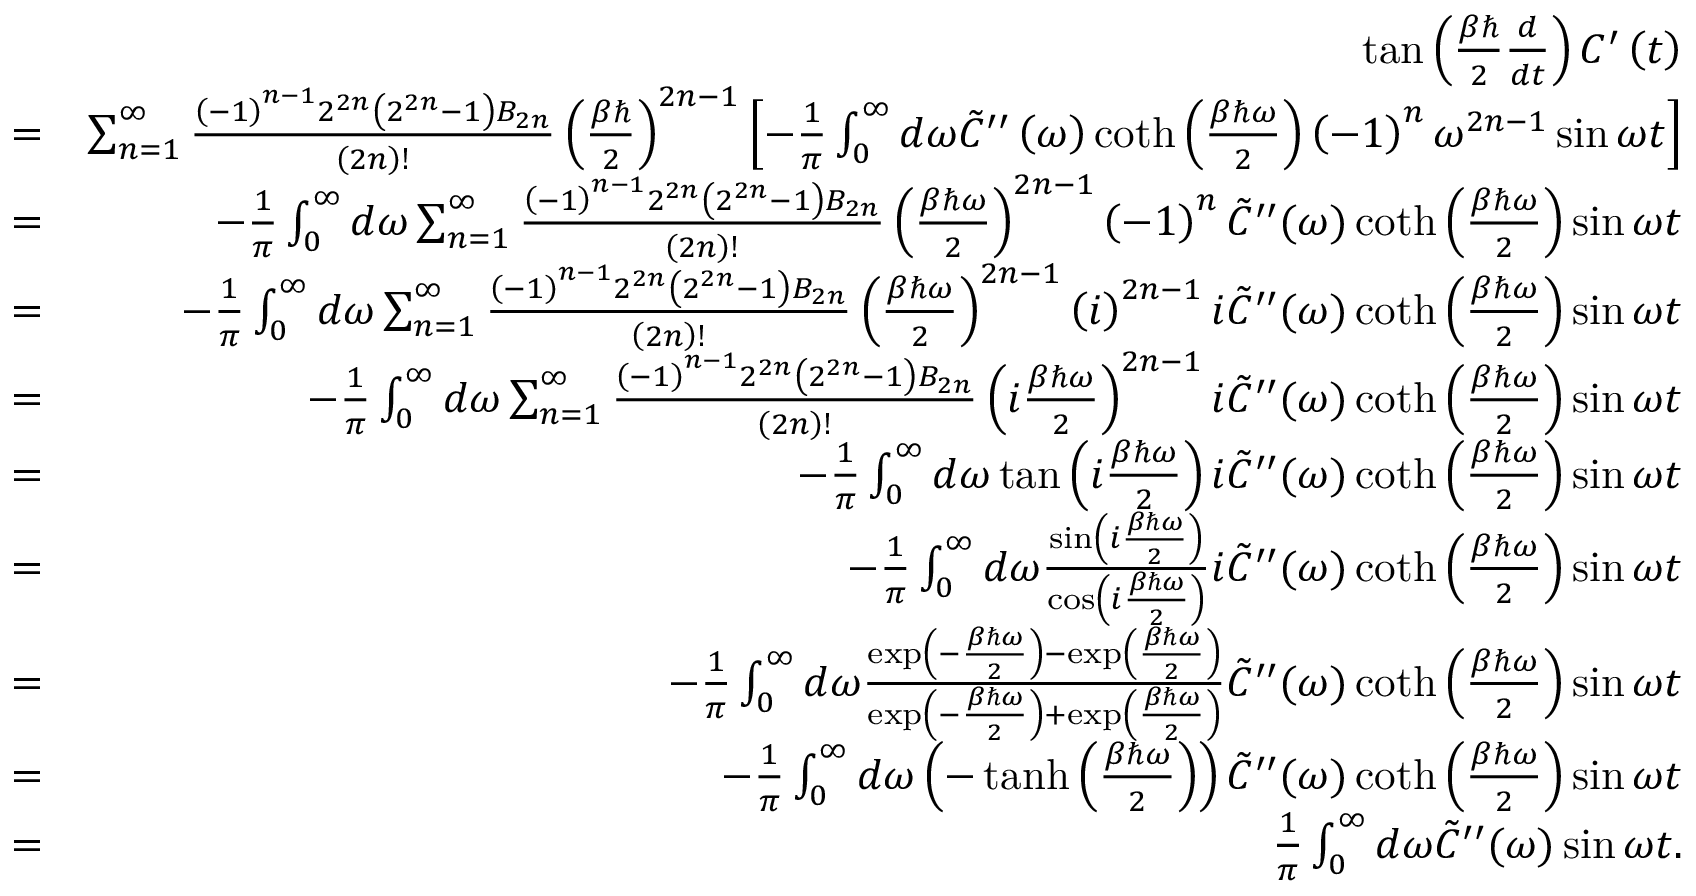
\begin{array} { r l r } & { } & { \tan \left( \frac { \beta \hbar } { 2 } \frac { d } { d t } \right) C ^ { \prime } \left( t \right) } \\ & { = } & { \sum _ { n = 1 } ^ { \infty } \frac { \left( - 1 \right) ^ { n - 1 } 2 ^ { 2 n } \left( 2 ^ { 2 n } - 1 \right) B _ { 2 n } } { \left( 2 n \right) ! } \left( \frac { \beta \hbar } { 2 } \right) ^ { 2 n - 1 } \left[ - \frac { 1 } { \pi } \int _ { 0 } ^ { \infty } d \omega \tilde { C } ^ { \prime \prime } \left( \omega \right) \coth \left( \frac { \beta \hbar \omega } { 2 } \right) \left( - 1 \right) ^ { n } \omega ^ { 2 n - 1 } \sin \omega t \right] } \\ & { = } & { - \frac { 1 } { \pi } \int _ { 0 } ^ { \infty } d \omega \sum _ { n = 1 } ^ { \infty } \frac { \left( - 1 \right) ^ { n - 1 } 2 ^ { 2 n } \left( 2 ^ { 2 n } - 1 \right) B _ { 2 n } } { \left( 2 n \right) ! } \left( \frac { \beta \hbar \omega } { 2 } \right) ^ { 2 n - 1 } \left( - 1 \right) ^ { n } \tilde { C } ^ { \prime \prime } ( \omega ) \coth \left( \frac { \beta \hbar \omega } { 2 } \right) \sin \omega t } \\ & { = } & { - \frac { 1 } { \pi } \int _ { 0 } ^ { \infty } d \omega \sum _ { n = 1 } ^ { \infty } \frac { \left( - 1 \right) ^ { n - 1 } 2 ^ { 2 n } \left( 2 ^ { 2 n } - 1 \right) B _ { 2 n } } { \left( 2 n \right) ! } \left( \frac { \beta \hbar \omega } { 2 } \right) ^ { 2 n - 1 } \left( i \right) ^ { 2 n - 1 } i \tilde { C } ^ { \prime \prime } ( \omega ) \coth \left( \frac { \beta \hbar \omega } { 2 } \right) \sin \omega t } \\ & { = } & { - \frac { 1 } { \pi } \int _ { 0 } ^ { \infty } d \omega \sum _ { n = 1 } ^ { \infty } \frac { \left( - 1 \right) ^ { n - 1 } 2 ^ { 2 n } \left( 2 ^ { 2 n } - 1 \right) B _ { 2 n } } { \left( 2 n \right) ! } \left( i \frac { \beta \hbar \omega } { 2 } \right) ^ { 2 n - 1 } i \tilde { C } ^ { \prime \prime } ( \omega ) \coth \left( \frac { \beta \hbar \omega } { 2 } \right) \sin \omega t } \\ & { = } & { - \frac { 1 } { \pi } \int _ { 0 } ^ { \infty } d \omega \tan \left( i \frac { \beta \hbar \omega } { 2 } \right) i \tilde { C } ^ { \prime \prime } ( \omega ) \coth \left( \frac { \beta \hbar \omega } { 2 } \right) \sin \omega t } \\ & { = } & { - \frac { 1 } { \pi } \int _ { 0 } ^ { \infty } d \omega \frac { \sin \left( i \frac { \beta \hbar \omega } { 2 } \right) } { \cos \left( i \frac { \beta \hbar \omega } { 2 } \right) } i \tilde { C } ^ { \prime \prime } ( \omega ) \coth \left( \frac { \beta \hbar \omega } { 2 } \right) \sin \omega t } \\ & { = } & { - \frac { 1 } { \pi } \int _ { 0 } ^ { \infty } d \omega \frac { \exp \left( - \frac { \beta \hbar \omega } { 2 } \right) - \exp \left( \frac { \beta \hbar \omega } { 2 } \right) } { \exp \left( - \frac { \beta \hbar \omega } { 2 } \right) + \exp \left( \frac { \beta \hbar \omega } { 2 } \right) } \tilde { C } ^ { \prime \prime } ( \omega ) \coth \left( \frac { \beta \hbar \omega } { 2 } \right) \sin \omega t } \\ & { = } & { - \frac { 1 } { \pi } \int _ { 0 } ^ { \infty } d \omega \left( - \operatorname { t a n h } \left( \frac { \beta \hbar \omega } { 2 } \right) \right) \tilde { C } ^ { \prime \prime } ( \omega ) \coth \left( \frac { \beta \hbar \omega } { 2 } \right) \sin \omega t } \\ & { = } & { \frac { 1 } { \pi } \int _ { 0 } ^ { \infty } d \omega \tilde { C } ^ { \prime \prime } ( \omega ) \sin \omega t . } \end{array}